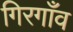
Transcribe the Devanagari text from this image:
गिरगाँव